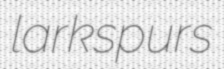
larkspurs